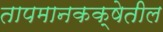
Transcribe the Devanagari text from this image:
तापमानकक्षेतील